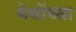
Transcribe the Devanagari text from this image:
मेयोंच्या